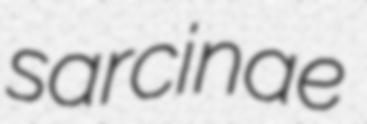
sarcinae